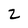
Character: z